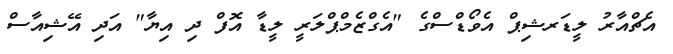
އެޗްއާރު ލީޑަރޝިޕް އެވޯޑްސްގެ "އެގްޒެމްޕްލަރީ ލީޑާ އޮފް ދި އިޔާ" އަދި އޭޝިއާސް